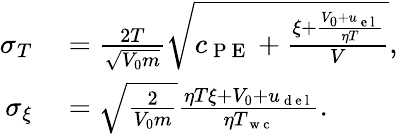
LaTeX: \begin{array}{rl}{\sigma_{T}}&{{}=\frac{2T}{\sqrt{V_{0}m}}\sqrt{c_{\mathrm{~P~E~}}+\frac{\xi+\frac{V_{0}+u_{\mathrm{~e~l~}}}{\eta T}}{V}},}\\ {\sigma_{\xi}}&{{}=\sqrt{\frac{2}{V_{0}m}}\frac{\eta T\xi+V_{0}+u_{\mathrm{~d~e~l~}}}{\eta T_{\mathrm{~w~c~}}}.}\end{array}